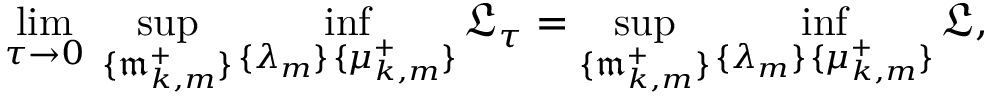
\operatorname* { l i m } _ { \tau \to 0 } \; \operatorname* { s u p } _ { \{ \mathfrak { m } _ { k , m } ^ { + } \} } \operatorname* { i n f } _ { \substack { \{ \lambda _ { m } \} \, \{ \mu _ { k , m } ^ { + } \} } } \mathfrak { L } _ { \tau } = \operatorname* { s u p } _ { \{ \mathfrak { m } _ { k , m } ^ { + } \} } \operatorname* { i n f } _ { \substack { \{ \lambda _ { m } \} \, \{ \mu _ { k , m } ^ { + } \} } } \mathfrak { L } ,